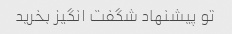
تو پیشنهاد شگفت انگیز بخرید